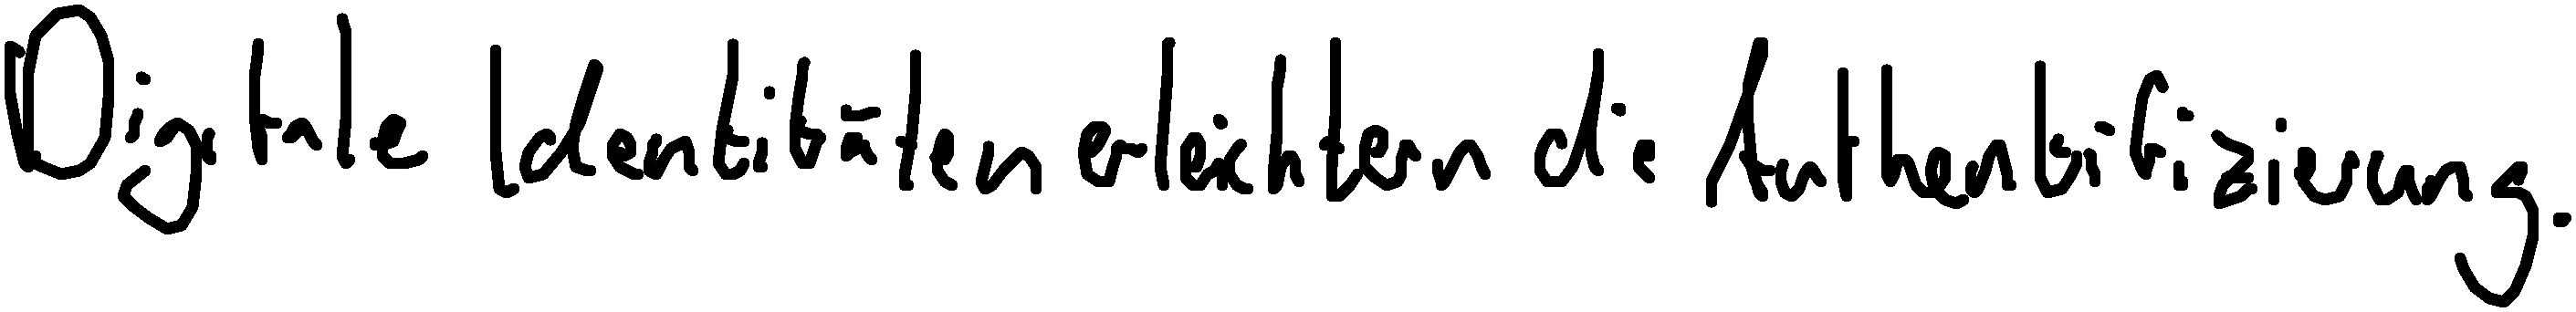
Digitale Identitäten erleichtern die Authentifizierung.